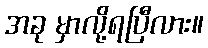
အခု မှာလို့ရပြီလား။